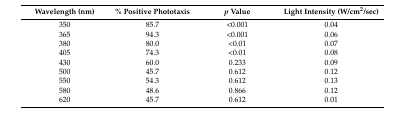
<table><thead><tr><td><b>Wavelength (nm)</b></td><td><b>% Positive Phototaxis</b></td><td><b><i>p</i> Value</b></td><td><b>Light Intensity (W/cm<sup>2</sup>/sec)</b></td></tr></thead><tbody><tr><td>350</td><td>85.7</td><td>&lt;0.001</td><td>0.04</td></tr><tr><td>365</td><td>94.3</td><td>&lt;0.001</td><td>0.06</td></tr><tr><td>380</td><td>80.0</td><td>&lt;0.01</td><td>0.07</td></tr><tr><td>405</td><td>74.3</td><td>&lt;0.01</td><td>0.08</td></tr><tr><td>430</td><td>60.0</td><td>0.233</td><td>0.09</td></tr><tr><td>500</td><td>45.7</td><td>0.612</td><td>0.12</td></tr><tr><td>550</td><td>54.3</td><td>0.612</td><td>0.13</td></tr><tr><td>580</td><td>48.6</td><td>0.866</td><td>0.12</td></tr><tr><td>620</td><td>45.7</td><td>0.612</td><td>0.01</td></tr></tbody></table>